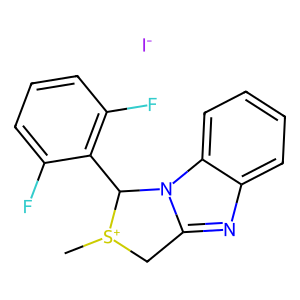
SMILES: C[S+]1Cc2nc3ccccc3n2C1c1c(F)cccc1F.[I-]
Inhibits HIV replication: No